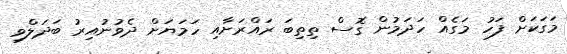
މަގަކަށް ފަހު މަގެެއް ހަދަމުން ގޮސް ތިތިބަ ރައްރަށާއި ހަމަޔަށް ދެވުނުއިރު ބަދަލްވި